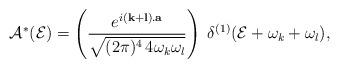
LaTeX: \begin{align*}{\cal A}^*({\cal E})=\left(\frac{e^{i({\bf k}+{\bf l}).{\bf a}}}{\sqrt{(2\pi)^4\, 4\omega_{k}\omega_{l}}}\right)\; \delta^{(1)}({\cal E}+\omega_{k}+\omega_{l}),\end{align*}